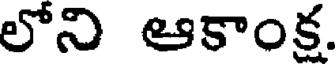
లోని ఆకాంక.